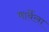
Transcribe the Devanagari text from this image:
मार्बेला